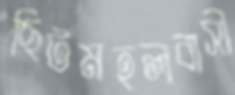
ছিটমহলবাসী